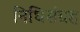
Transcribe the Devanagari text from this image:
निधिसंग्रह